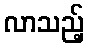
လာသည့်